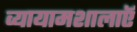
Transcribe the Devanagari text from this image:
व्यायामशालाऍ